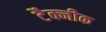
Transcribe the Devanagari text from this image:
टैक्नीक